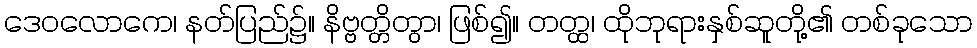
ဒေဝလောကေ၊ နတ်ပြည်၌။ နိဗ္ဗတ္တိတွာ၊ ဖြစ်၍။ တတ္ထ၊ ထိုဘုရားနှစ်ဆူတို့၏ တစ်ခုသော